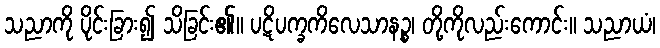
သညာကို ပိုင်းခြား၍ သိခြင်း၏။ ပဋိပက္ခကိလေသာနဉ္စ၊ တို့ကိုလည်းကောင်း။ သညာယံ၊